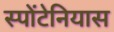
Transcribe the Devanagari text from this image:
स्पोंटेनियास